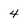
Character: 4